Tezpur Lunatic Asylum reports 1877-1894 - 1877-1894
Year: 1877
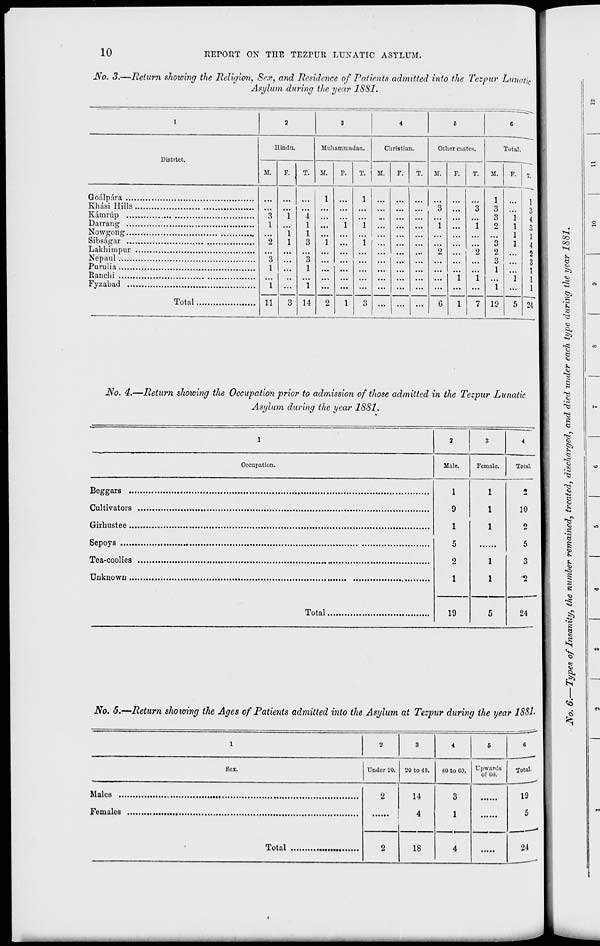
10
HEIGHT ON TIIE TEZrUR LUNATIC ASYLUM.
No. 3.—Return showing the Religion, Sex, and Residence of Patients admitted into the Tezpur Lunatic
Asylum during the year ISSl.
District.
Hindu.
M.
Goalpara
Kbasi Hills
Kdmrup
Darrang
NoAvgong
Sibsagar
Lakhimpur
Ncpaul
Purulia
Rancbi
Fyzabad
Total
T.
Muhamruadan.
M.
r. T.
Christian.
M.
F.
T.
Other castes.
M.
T.
Total.
M.
P.
"3
1
"2
"3
1
"l
11
"i
"i
1
3
4
1
1
3
"3
1
"i
1
"i
"i
1
1
"i
"i
3
...
...
...
"3
"i
"2
G
"i
1
"3
"i
"i
1
7
1
3
3
2
"3
2
3
1
"i
1
1
1
1
"i
14
2
...
...
...
19
5
4
3
1
4
2
3
1
1
1
~2i
No. 4.—Return showing the Occupation prior to admission of those admitted in the Tezpur Lunatic
Asylum during the year 1881.
Beggars
Cultivators
Girbustee
Sepoys
Tea-coolies
Unknown
Total
1
9
1
5
2
1
-■—
i
=
=
1
2
3
4
Occupation.
Male.
Female.
Total.
19
1
1
1
10
o
5
3
-2
24
No. 5.—Return shotting the Ages of Patients admitted into the Asylum at Tezpur during the year 1881.
1
9
3
4
5
6
Sex.
Under 1!0. 20 to 40.
40 to CO.
Upwards
of GO.
Total
2
14
4
3
1
19
5
•
Total
2
18
4
24
$